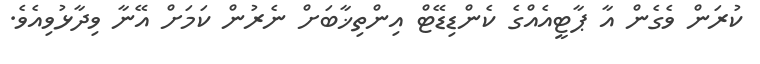
ކުރަން ވެގެން އާ ޕާޓީއެއްގެ ކެންޑިޑޭޓް އިންތިޚާބަށް ނެރުން ކަމަށް އޭނާ ވިދާޅުވިއެވެ.